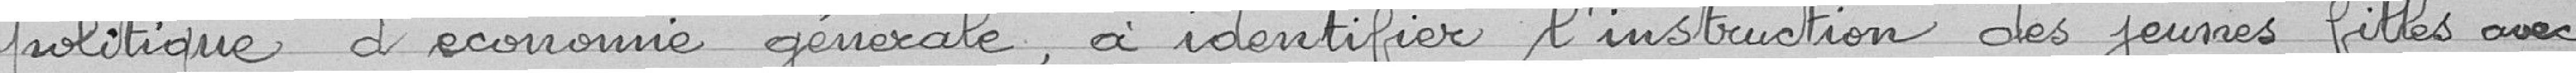
"politique d'économie générale, à identifier l'instruction des jeunes filles avec